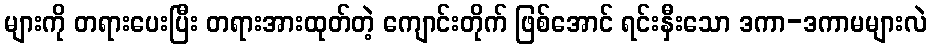
များကို တရားပေးပြီး တရားအားထုတ်တဲ့ ကျောင်းတိုက် ဖြစ်အောင် ရင်းနှီးသော ဒကာ-ဒကာမများလဲ